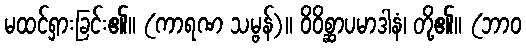
မထင်ရှားခြင်း၏။ (ကာရဏ သမ္ဗန်)။ ဝိဝိစ္ဆာပမာဒါနံ၊ တို့၏။ (ဘာဝ